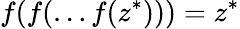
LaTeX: f(f(\dots f(z^{*})))=z^{*}